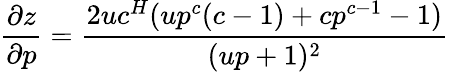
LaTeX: \frac{\partial{z}}{\partial p}=\frac{2uc^{H}(up^{c}(c-1)+cp^{c-1}-1)}{(up+1)^{2}}